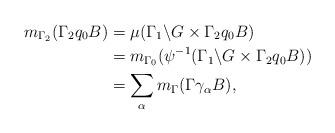
LaTeX: \begin{align*}m_{\Gamma_2}(\Gamma_2q_0B)&=\mu(\Gamma_1\backslash G\times \Gamma_2q_0B)\\&=m_{\Gamma_0}(\psi^{-1}(\Gamma_1\backslash G\times \Gamma_2q_0B))\\&=\sum_{\alpha}m_{\Gamma}(\Gamma \gamma_{\alpha}B),\end{align*}